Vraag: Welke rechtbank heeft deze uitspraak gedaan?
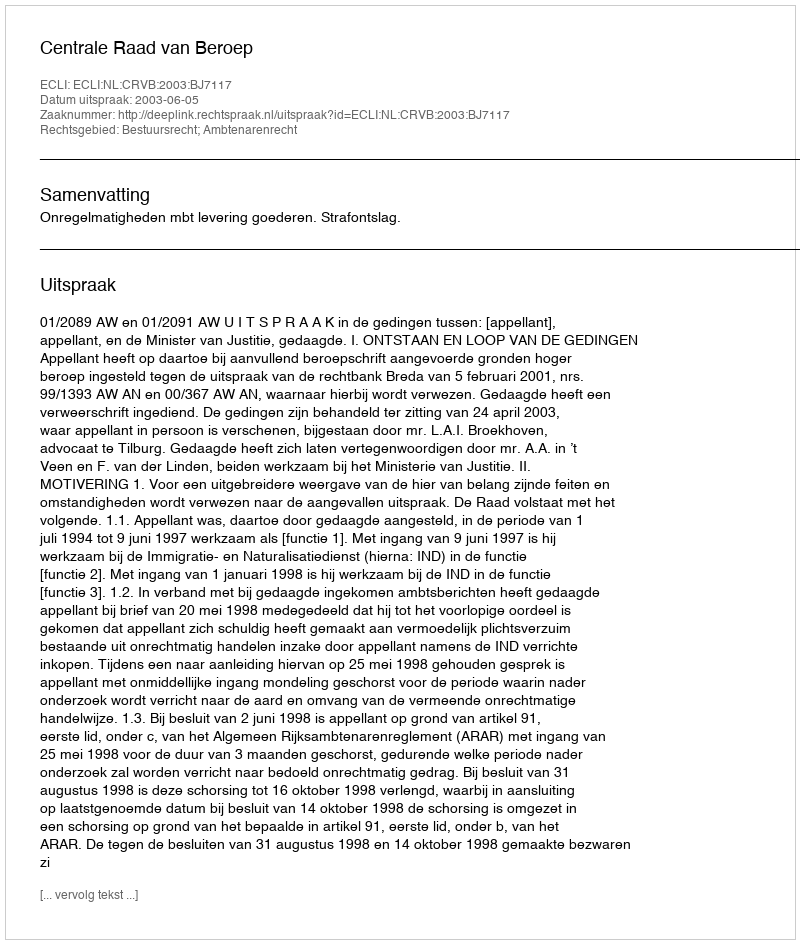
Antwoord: Centrale Raad van Beroep